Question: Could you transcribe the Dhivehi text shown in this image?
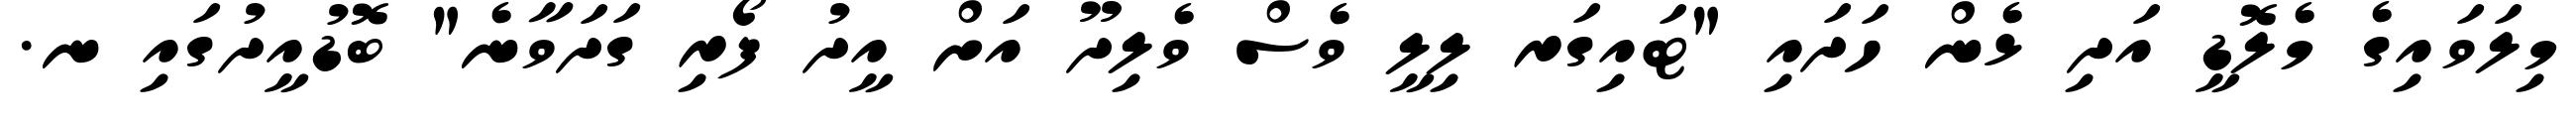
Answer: މިލަވައިގެ މެލޮޑީ އަދި ޅެން ހަދައި "ޓައިގަރ ލިލީ ވެސް ވެލިދޫ އަށް އީދު ފޯރި ގަދަވާނެ" ބޮޑުއީދުގައި ނ.